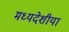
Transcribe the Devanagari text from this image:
मध्यदेशीया